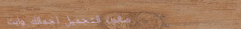
صالون التجميل لجمالك وابت